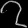
Digit: ၇